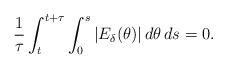
LaTeX: \begin{align*}\frac{1}{\tau}\int_{t}^{t+\tau}\int_0^s |E_{\delta}(\theta)|\, d\theta\, ds=0.\end{align*}